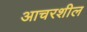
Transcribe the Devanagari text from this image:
आचरशील